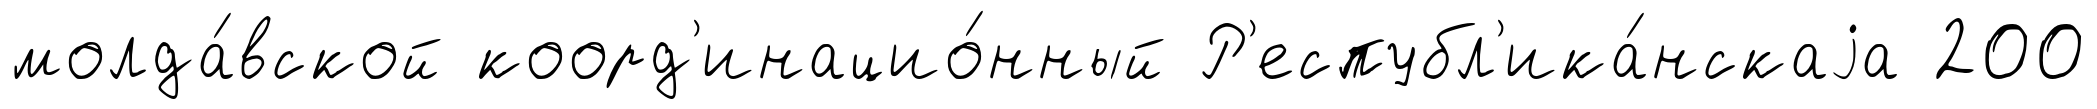
молда́вской коорд'инацио́нный Р'еспубл'ика́нскаjа 200